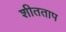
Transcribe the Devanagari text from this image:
शीतताप